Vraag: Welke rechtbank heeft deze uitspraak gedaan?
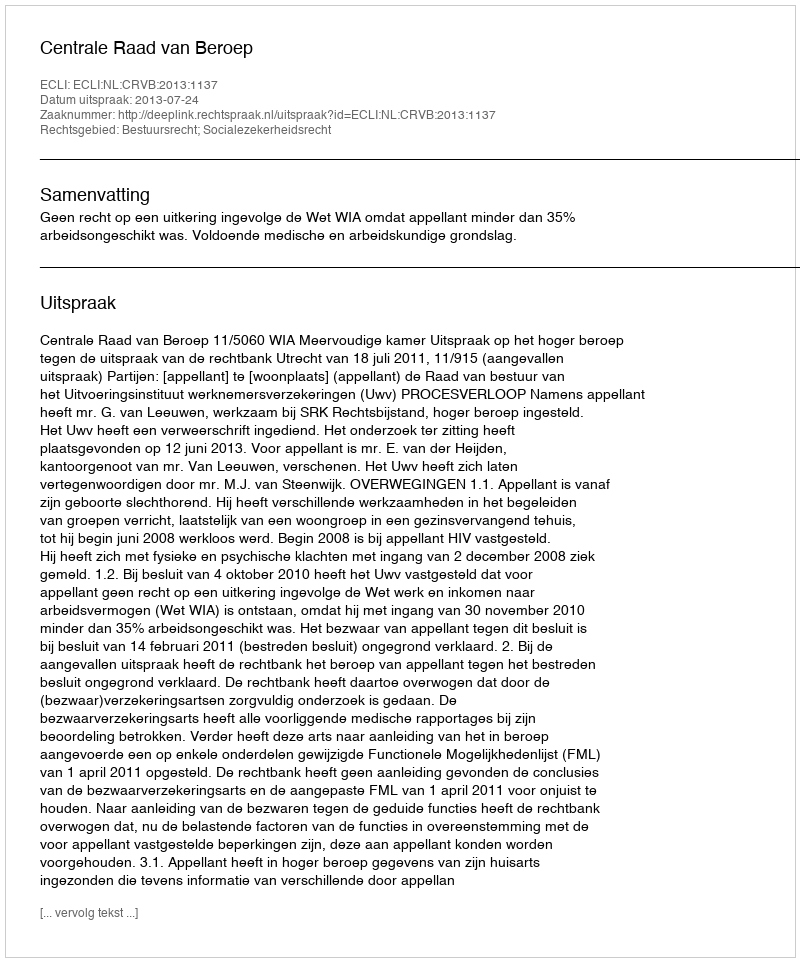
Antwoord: Centrale Raad van Beroep